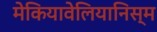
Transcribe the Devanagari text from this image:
मेकियावेलियानिस्म